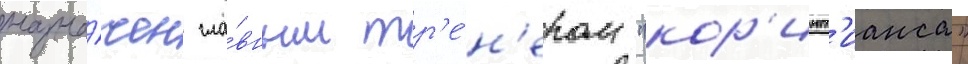
назна́чен гла́вным тр'е́н'ером "кор'инт'ианса"